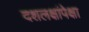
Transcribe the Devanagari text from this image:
दशलक्षांपेक्षा